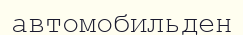
автомобильден